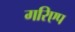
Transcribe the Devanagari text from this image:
गरिएप